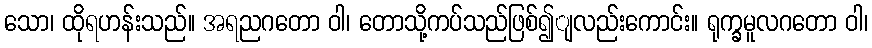
သော၊ ထိုရဟန်းသည်။ အရညဂတော ဝါ၊ တောသို့ကပ်သည်ဖြစ်၍ျလည်းကောင်း။ ရုက္ခမူလဂတော ဝါ၊